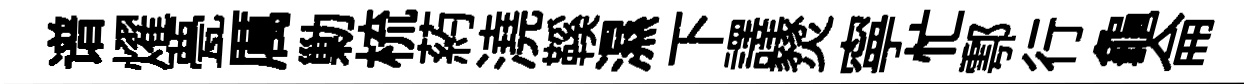
谱燿甍厲勦梳葯澆鞵濕下譯燹寧忙鄠行龜侖